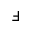
\Finv